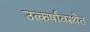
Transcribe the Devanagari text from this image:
उत्कर्षावस्थेत